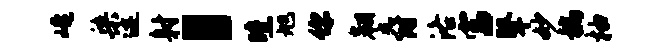
崦染迹射，曛旭你翱爵洛富鼙妙稿柚